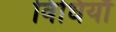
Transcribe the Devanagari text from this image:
विधियाँं